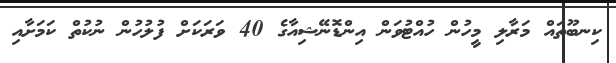
ކިނބޫތައް މަރާލި މީހުން ހުއްޓުވަން އިންޑޮނޭޝިއާގެ 40 ވަރަކަށް ފުލުހުން ނުކުތް ކަމަށާއި